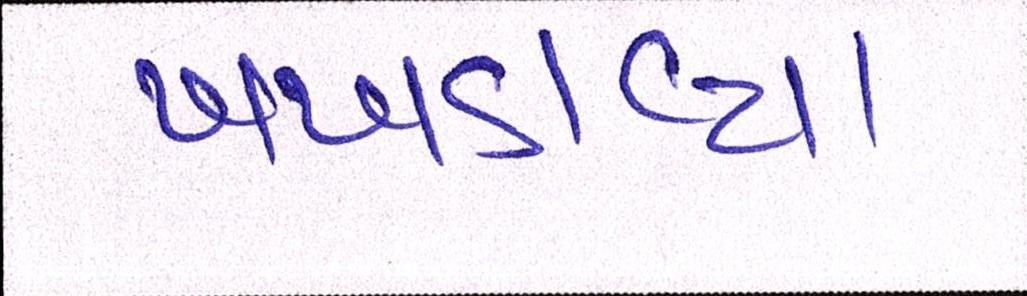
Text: ખખડાવ્યા